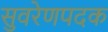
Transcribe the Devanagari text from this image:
सुवरेणपदक